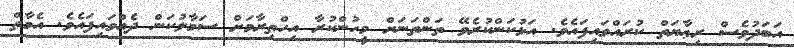
އަބަދުވެސް ރިޢާޔަތް ކުރައްވައިފައެވެ. އަޅުކަންކުރެވޭ ތަންތަނަށް މީހުންކުރާ އިހްތިރާމަށް ސަމާލުކަން ދެއްވައިފައެވެ. އެމާތް